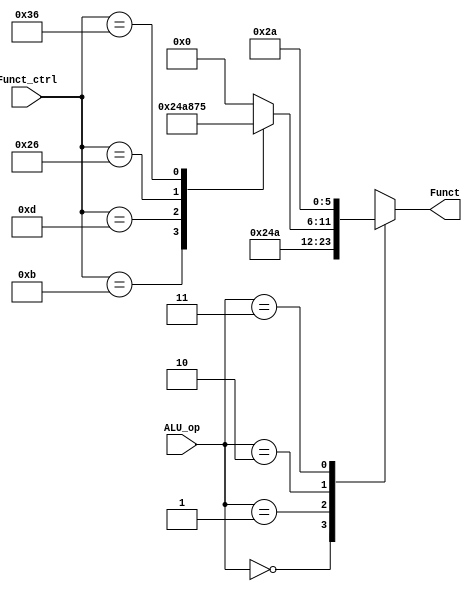
module ALU_Control(
    input [5:0] Funct_ctrl,
    input [1:0] ALU_op,
    output reg [5:0] Funct
);

always @(*)
begin
    case(ALU_op)
        2'b00: Funct = 6'b001001; // ADDU (I type)
        2'b01: Funct = 6'b001010; // SUBU (I type)
        2'b10: // R type
            case(Funct_ctrl)
                6'b001011: Funct = 6'b001001; // ADDU 
                6'b001101: Funct = 6'b001010; // SUBU
                6'b100110: Funct = 6'b100001; // SLL
                6'b110110: Funct = 6'b110101; // SLLV
                default: Funct = 6'b000000;
            endcase
        2'b11: Funct = 6'b101010; // SLTI (I type)
        default: Funct = 6'b000000;
    endcase
end

endmodule